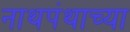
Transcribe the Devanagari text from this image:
नाथपंथाच्या